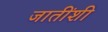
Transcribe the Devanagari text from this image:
जातींशी